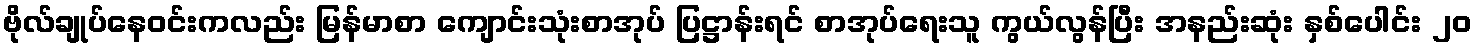
ဗိုလ်ချုပ်နေဝင်းကလည်း မြန်မာစာ ကျောင်းသုံးစာအုပ် ပြဋ္ဌာန်းရင် စာအုပ်ရေးသူ ကွယ်လွန်ပြီး အနည်းဆုံး နှစ်ပေါင်း ၂ဝ